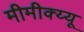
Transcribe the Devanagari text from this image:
मीमीक्य्यू